Vaccination in the Punjab 1897-1904 - 1897-1904
Year: 1897
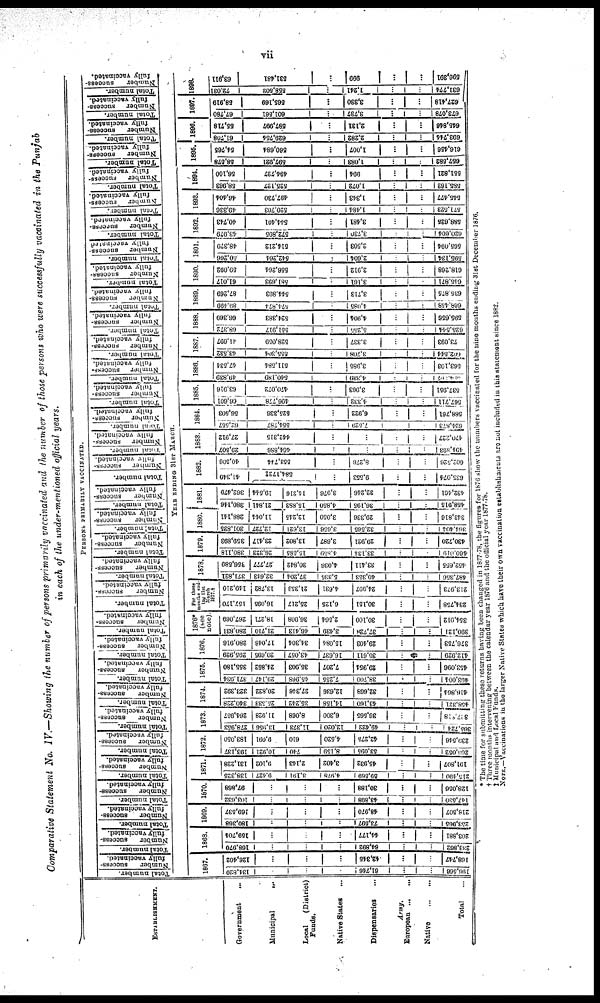
vii
Comparative Statement No. IV.—Showing the number of persons primarily vaccinated and the number of those persons who were successfully vaccinated in the Punjab
in each of the under-mentioned official years.
ESTABLISHMENT.
Government
...
Municipal
...
Local
(District)
Funds.
Native States
...
Dispensaries ...
Army.
European
Natiye
...
...
Total ...
PERSONS PRIMARILY VACCINATED.
Total number.
Number
success-
fully vaccinated.
Total number.
Number
success¬
fully vaccinated.
Total number.
Number
success-
fully vaccinated.
Total number.
Number
success¬
fully
vaccinated.
Total number.
Number
success¬
fully vaccinated.
Total number.
Number
success-
fully vaccinated.
Tot al number.
Number success¬
fully vaccinated.
Total number.
Number
success-
fully vaccinated.
Total number.
Number
success¬
fully
vaccinated.
Total number.
Number
success¬
fully
vaccinated.
Total number.
Number
success-
fully vaccinated.
Total number.
Number
success¬
fully
vaccinated.
Total number.
Number
success¬
fully vaccinated.
Total number.
Number
success-
fully vaccinated.
Total number.
Number
success¬
fully vaccinated.
Total number.
Number
success¬
fully vaccinated.
Total number.
Number
success.
fully vaccinated.
Total number.
Number
suecess¬
fully vaccinated.
Total number.
Number
success-
fully vaccinated.
Total number.
Number
success-
fully vaccinated.
Total number.
Number
success-
fully vaccinated.
Total number.
Number
success¬
fully vaccinated.
Total number.
Number
success-
fully vaccinated.
Total number.
Number
success-
fully vaccinated.
Total number.
Number
success-
fully vaccinated.
Total number.
Number
success-
fully vaccinated
Total number.
Number
success¬
fully vaccinated.
Total number.
Number
success¬
fully vaccinated.
Total number.
Number
success-
fully vaccinated.
Total number.
Number
success¬
fully vaccinated.
Total number.
Number
success¬
fully vaccinated.
Total number.
Number
success-
fully vaccinated.
Total number.
Number success¬
fully vaccinated.
YEAR ENDING 31ST MARCH.
1867.
134,820
...
...
...
61,746
...
...
196,566
126,402
...
...
...
42,345
...
...
168,747
1868.
168,970
...
...
...
64,892
...
...
233,862
159,704
...
...
...
44,177
...
...
203,881
1869.
180,368
...
...
...
73,697
...
...
253,965
168,537
...
...
...
48,970
...
...
218,507
1670.
103,632
...
...
...
43,898
...
...
147,530
97,868
...
...
...
30,188
...
...
128,056
1871.
138,325
9,427
3,191
4,978
69,569
...
...
215,490
131,228
9,102
2,143
3,402
46,932
...
...
191,607
1872.
193,137
10,921
740
8,159
53,095
...
...
266,052
183,050
9,091
610
4,520
42,275
...
...
239,546
1873.
278,953
13,956
11,373
12,020
49,422
...
...
365,724
264,957
11,928
8,068
6,300
36,565
...
...
347,919
1874.
340,228
25,533
35,242
14,158
43,160
...
...
458,321
323,392
20,832
27,346
12,636
32,668
...
...
416,864
1876.
371,934
29,147
45,968
7,255
38,700
...
...
493,004
355,180
24,852
35,903
7,207
20,954
...
...
453,096
1876.
295,929
20,695
43,057
16,037
36,611
...
...
412,929
280,916
17,046
34,304
15,084
29,403
...
...
376,753
1876*
(see
note).
280,831
21,710
46,413
3,439
37,728
...
...
390,121
267,069
18,271
36,908
2,564
30,100
...
...
354,912
For three
months end¬
ing 31st
March
1877†
157,170
16,095
25,217
6,125
30,151
...
...
234,758
149,210
13,782
21,353
4,631
24,997
...
...
213,973
1878.
371,821
32,643
37,204
5,335
40,353
...
...
487,356
356,589
27,777
30,842
4,036
33,411
...
...
452,655
1879.
380,118
26,323
15,585
4,859
33,134
...
...
450,019
359,893
23,417
13,802
3,687
29,931
...
...
430,720
1880.
301,835
12,727
13,621
3,656
32,565
...
...
364,404
288,141
11,044
12,345
3,050
29,336
...
...
343,816
1881.
380,146
21,841
15,883
4,850
36,195
...
...
458,915
362,479
19,544
14,216
3,976
32,246
...
...
432,401
1882.
41,349
584,172‡
...
9,553
...
...
635,074
40,506
553,744
...
8,270
...
...
602,526
1883.
29,507
464,886
...
...
...
...
494,393
27,912
442,315
...
...
...
...
470,227
1884.
62,557
554,787
...
7,529
...
...
624,873
56,503
525,336
...
6,923
...
...
588,761
1885.
66,601
496,778
...
4,332
...
...
567,711
63,916
470,072
...
3,963
...
...
537,951
1886.
49,839
540,189
...
4,339
...
...
994,267
47,634
511,584
...
3,985
...
...
563,103
1887.
43,532
555,304
...
3,708
...
...
602,644
41,697
528,059
...
3,337
...
...
73,093
1888.
68,372
551,917
...
5,255
...
...
625,544
66,369
524,383
...
4,904
...
...
595,656
1889.
89,499
574,874
...
4,085
...
...
668,458
87,269
544,893
...
3,713
...
...
685,875
1890.
61,017
581,593
...
3,161
...
...
645,871
59,092
556,264
...
2,912
...
...
618,268
1891.
50,266
542,264
...
2,604
...
...
595,134
48,379
514,212
...
2,503
...
...
565,094
1892.
43,979
572,895
...
3,730
...
...
620,604
40,743
544,401
...
3,481
...
...
588,625
1893.
49,336
520,703
...
1,484
...
...
571,523
46,404
497,730
...
1,343
...
...
545,477
1894.
58,963
525,127
...
1,072
...
...
585,162
66,100
404,727
...
994
...
...
551,821
1895.
58,578
697,921
...
1,083
...
...
657,582
54,765
560,684
...
1,907
...
...
616,456
1896.
61,708
629,754
...
2,282
...
...
693,744
55,718
587,997
...
2,131
...
...
645,846
1897.
67,760
601,561
...
3,737
...
...
673,078
58,919
565,160
...
3,330
...
...
627,418
1898.
72,031
558,502
...
1,241
...
...
631,774
63,911
531,481
...
990
...
...
596,391
* The time for submitting these returns having been changed in 1877-78, the figures for l876 show the numbers vaccinated for the nine months ending 31st December 1876.
† Three months intervening between the calendar year 1876 and the official year 1877-78.
‡ Municipal and Local Funds.
NOTE.—Vaccinations in the larger Native States which have their own vaccination establishments are not included in this statement since 1882.